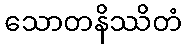
သောတနိဿိတံ